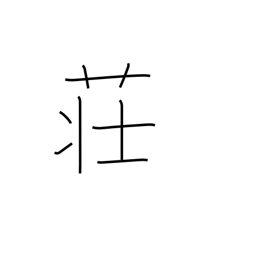
Meaning: inn